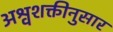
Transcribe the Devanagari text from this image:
अश्वशक्तीनुसार